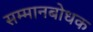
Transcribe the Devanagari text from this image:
सम्मानबोधक